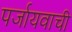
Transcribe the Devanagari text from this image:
पर्जायवाची